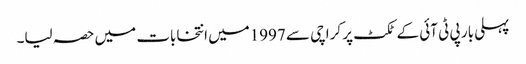
پہلی بار پی ٹی آئی کے ٹکٹ پر کراچی سے 1997میں انتخابات میں حصہ لیا۔